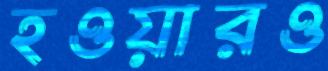
হওয়ারও